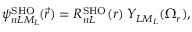
\psi _ { n L M _ { L } } ^ { \mathrm { S H O } } \! ( \vec { r } ) = R _ { n L } ^ { \mathrm { S H O } } ( r ) \: Y _ { L M _ { L } } ( \Omega _ { r } ) ,